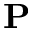
\mathbf { P }